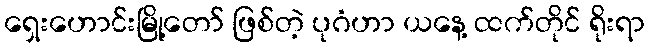
ရှေးဟောင်းမြို့တော် ဖြစ်တဲ့ ပုဂံဟာ ယနေ့ ထက်တိုင် ရိုးရာ